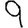
Digit: 9